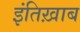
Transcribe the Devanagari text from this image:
इंतिख़ाब